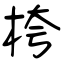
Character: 桍